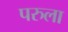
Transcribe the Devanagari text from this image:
परुला